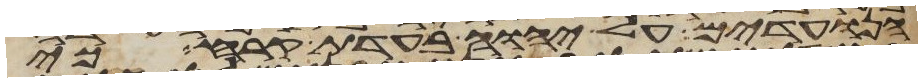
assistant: הנועדים על יהוה בעדת קרח כי